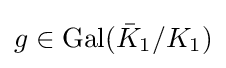
g\in \operatorname {Gal} ({\bar {K}}_{1}/K_{1})